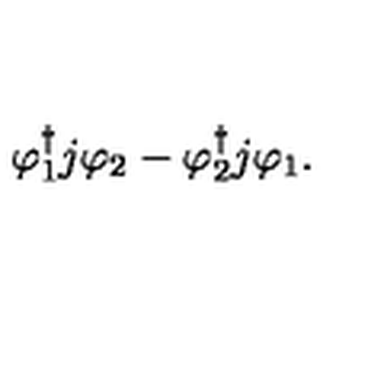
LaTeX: \varphi _ { 1 } ^ { \dag } j \varphi _ { 2 } - \varphi _ { 2 } ^ { \dag } j \varphi _ { 1 } .